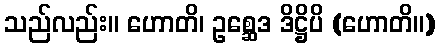
သည်လည်း။ ဟောတိ၊ ဥစ္ဆေဒ ဒိဋ္ဌိပိ (ဟောတိ။)